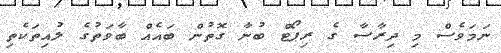
ނަމަވެސް މި ދިރާސާ ގެ ރިޕޯޓް ބުނާ ގޮތުން ބައެއް ބާވަތުގެ ލުއިތަކެތި